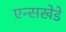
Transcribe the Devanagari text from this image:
एन्सखेडे